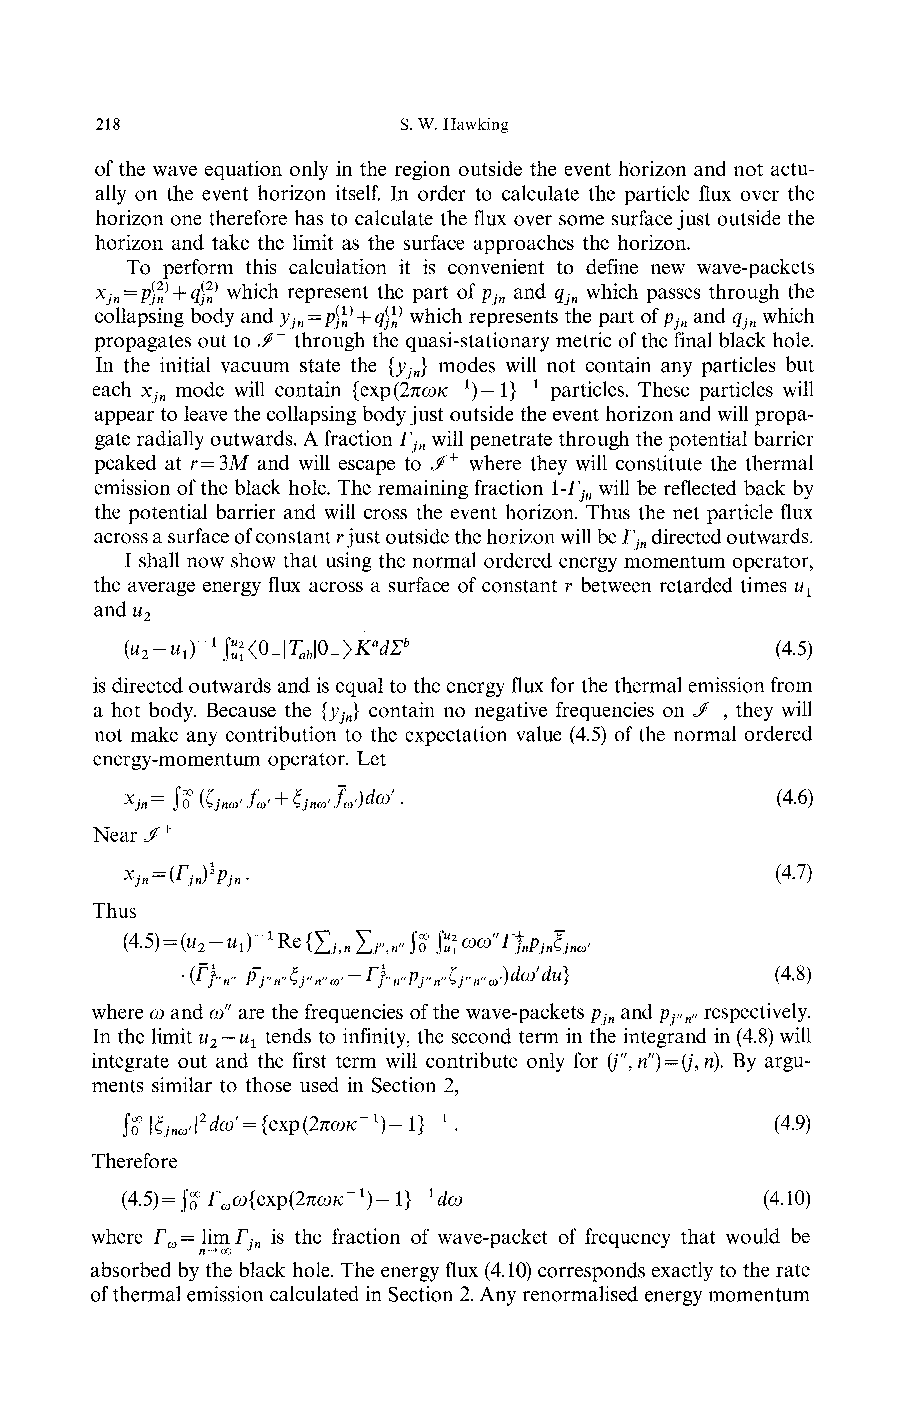
218                 S. W. Hawking
 of the wave equation only in the region outside the event horizon and not actu-
 ally on the event horizon itself. In order to calculate the particle flux over the
 horizon one therefore has to calculate the flux over some surface just outside the
 horizon and take the limit as the surface approaches the horizon.
 To perform this calculation it is convenient to define new wave-packets
 xjn = pff + <ffi which represent the part of p and q which passes through the
 jn   jn
 collapsing body and y = pff + q(V which represents the part of p and q which
 jn                       jn   jn
 propagates out to «/" through the quasi-stationary metric of the final black hole.
 In the initial vacuum state the {y } modes will not contain any particles but
 jn
 each x mode will contain {Qxp(2πωκ~1)— I}"1 particles. These particles will
 jn
 appear to leave the collapsing body just outside the event horizon and will propa-
 gate radially outwards. A fraction Γ will penetrate through the potential barrier
 jn
 peaked at r=3M and will escape to J>+ where they will constitute the thermal
 emission of the black hole. The remaining fraction 1-Γ^ will be reflected back by
 the potential barrier and will cross the event horizon. Thus the net particle flux
 across a surface of constant r just outside the horizon will be Γ directed outwards.
 jn
 I shall now show that using the normal ordered energy momentum operator,
 the average energy flux across a surface of constant r between retarded times u
 l
 and u
 2
 (u-uΓ1Rl<0-\T \0->K*dΣb                    (4.5)
 2 1      ab
 is directed outwards and is equal to the energy flux for the thermal emission from
 a hot body. Because the {y } contain no negative frequencies on «/", they will
 jn
 not make any contribution to the expectation value (4.5) of the normal ordered
 energy-momentum operator. Let
 Xjn= ίθ (ζjnω fω' + ξjnω'fω')dω' .          (4.6)
 Near </+
 Thus
 (4.5) = (u -u,)-1 Re (Σj,n Σ/>" ίo jϊϊ ωω"ΓJ ξ ,
 2                      nPjn jnω
 u}             (4.8)
 where ω and ω" are the frequencies of the wave-packets p and py» respectively.
 jn   n
 In the limit u — u tends to infinity, the second term in the integrand in (4.8) will
 2  1
 integrate out and the first term will contribute only for (j",ri') = (j,n). By argu-
 ments similar to those used in Section 2,
 ίo \ξj '\2dω' = { χp(2πωκ-ί)-lΓ1 .         (4.9)
 nω     Q
 Therefore
 (4.5)-J^Γ ω{exp(2πω/c"1)-l}"1 iω          (4.10)
 ω             <
 where Γ = limΓ^ is the fraction of wave-packet of frequency that would be
 ω
 absorbed by the black hole. The energy flux (4.10) corresponds exactly to the rate
 of thermal emission calculated in Section 2. Any renormalised energy momentum